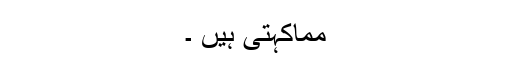
مماکہتی ہیں ۔